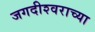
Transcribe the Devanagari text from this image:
जगदीश्‍वराच्या